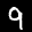
Label: 9